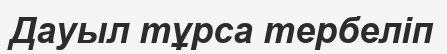
Дауыл тұрса тербеліп